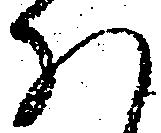
ほ